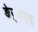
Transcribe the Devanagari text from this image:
ङेर्‍अर्द्